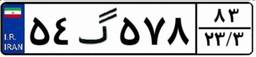
۵۴گ۵۷۸۸۳